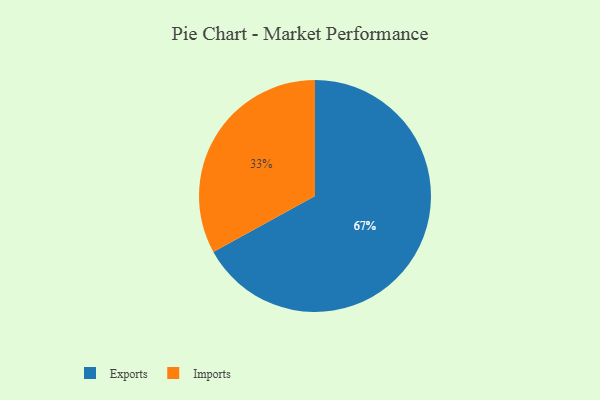
{"axis": {"x": "Category", "y": "Percentage"}, "legend": ["Exports", "Imports"], "data": [{"x": "Exports", "y": 67, "type": "Exports"}, {"x": "Imports", "y": 33, "type": "Imports"}]}